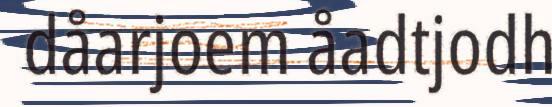
dåarjoem åadtjodh